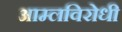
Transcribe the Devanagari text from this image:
आम्लविरोधी